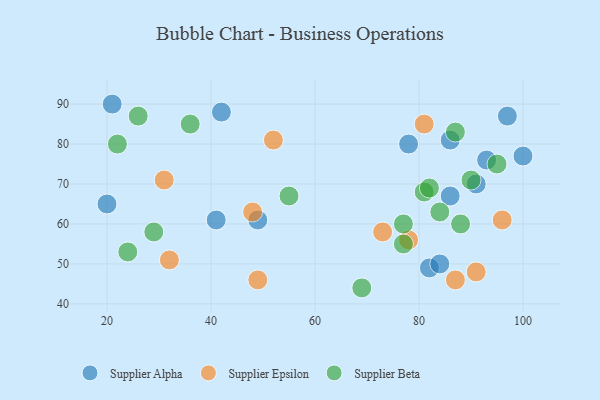
{"axis": {"x": "GDP", "y": "Life Expectancy"}, "legend": ["Supplier Alpha", "Supplier Beta", "Supplier Epsilon"], "data": [{"x": "86", "y": 81, "type": "Supplier Alpha"}, {"x": "93", "y": 76, "type": "Supplier Alpha"}, {"x": "97", "y": 87, "type": "Supplier Alpha"}, {"x": "20", "y": 65, "type": "Supplier Alpha"}, {"x": "82", "y": 49, "type": "Supplier Alpha"}, {"x": "84", "y": 50, "type": "Supplier Alpha"}, {"x": "86", "y": 67, "type": "Supplier Alpha"}, {"x": "41", "y": 61, "type": "Supplier Alpha"}, {"x": "91", "y": 70, "type": "Supplier Alpha"}, {"x": "78", "y": 80, "type": "Supplier Alpha"}, {"x": "100", "y": 77, "type": "Supplier Alpha"}, {"x": "42", "y": 88, "type": "Supplier Alpha"}, {"x": "49", "y": 61, "type": "Supplier Alpha"}, {"x": "21", "y": 90, "type": "Supplier Alpha"}, {"x": "52", "y": 81, "type": "Supplier Epsilon"}, {"x": "32", "y": 51, "type": "Supplier Epsilon"}, {"x": "78", "y": 56, "type": "Supplier Epsilon"}, {"x": "49", "y": 46, "type": "Supplier Epsilon"}, {"x": "73", "y": 58, "type": "Supplier Epsilon"}, {"x": "48", "y": 63, "type": "Supplier Epsilon"}, {"x": "81", "y": 85, "type": "Supplier Epsilon"}, {"x": "87", "y": 46, "type": "Supplier Epsilon"}, {"x": "91", "y": 48, "type": "Supplier Epsilon"}, {"x": "96", "y": 61, "type": "Supplier Epsilon"}, {"x": "31", "y": 71, "type": "Supplier Epsilon"}, {"x": "88", "y": 60, "type": "Supplier Beta"}, {"x": "36", "y": 85, "type": "Supplier Beta"}, {"x": "84", "y": 63, "type": "Supplier Beta"}, {"x": "95", "y": 75, "type": "Supplier Beta"}, {"x": "77", "y": 55, "type": "Supplier Beta"}, {"x": "77", "y": 60, "type": "Supplier Beta"}, {"x": "69", "y": 44, "type": "Supplier Beta"}, {"x": "26", "y": 87, "type": "Supplier Beta"}, {"x": "90", "y": 71, "type": "Supplier Beta"}, {"x": "81", "y": 68, "type": "Supplier Beta"}, {"x": "24", "y": 53, "type": "Supplier Beta"}, {"x": "29", "y": 58, "type": "Supplier Beta"}, {"x": "55", "y": 67, "type": "Supplier Beta"}, {"x": "87", "y": 83, "type": "Supplier Beta"}, {"x": "82", "y": 69, "type": "Supplier Beta"}, {"x": "22", "y": 80, "type": "Supplier Beta"}]}